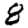
Digit: 8